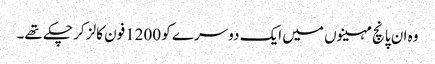
وہ ان پانچ مہینوں میں ایک دوسرے کو 1200فون کالز کر چکے تھے۔